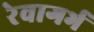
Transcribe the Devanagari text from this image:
रेवागर्भ